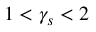
1 < \gamma _ { s } < 2